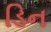
ડિન